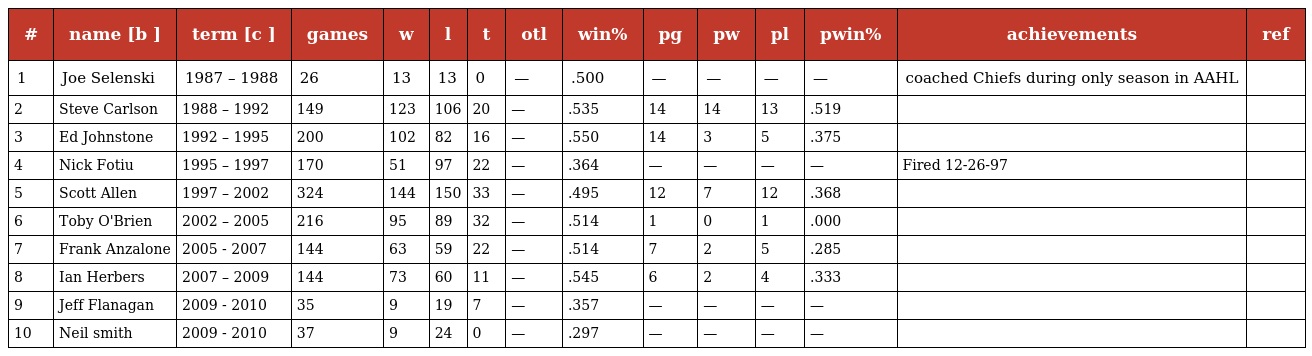
| # | name [b ] | term [c ] | games | w | l | t | otl | win% | pg | pw | pl | pwin% | achievements | ref |
 | --- | --- | --- | --- | --- | --- | --- | --- | --- | --- | --- | --- | --- | --- | --- |
 | 1 | Joe Selenski | 1987 – 1988 | 26 | 13 | 13 | 0 | — | .500 | — | — | — | — | coached Chiefs during only season in AAHL |  |
 | 2 | Steve Carlson | 1988 – 1992 | 149 | 123 | 106 | 20 | — | .535 | 14 | 14 | 13 | .519 |  |  |
 | 3 | Ed Johnstone | 1992 – 1995 | 200 | 102 | 82 | 16 | — | .550 | 14 | 3 | 5 | .375 |  |  |
 | 4 | Nick Fotiu | 1995 – 1997 | 170 | 51 | 97 | 22 | — | .364 | — | — | — | — | Fired 12-26-97 |  |
 | 5 | Scott Allen | 1997 – 2002 | 324 | 144 | 150 | 33 | — | .495 | 12 | 7 | 12 | .368 |  |  |
 | 6 | Toby O'Brien | 2002 – 2005 | 216 | 95 | 89 | 32 | — | .514 | 1 | 0 | 1 | .000 |  |  |
 | 7 | Frank Anzalone | 2005 - 2007 | 144 | 63 | 59 | 22 | — | .514 | 7 | 2 | 5 | .285 |  |  |
 | 8 | Ian Herbers | 2007 – 2009 | 144 | 73 | 60 | 11 | — | .545 | 6 | 2 | 4 | .333 |  |  |
 | 9 | Jeff Flanagan | 2009 - 2010 | 35 | 9 | 19 | 7 | — | .357 | — | — | — | — |  |  |
 | 10 | Neil smith | 2009 - 2010 | 37 | 9 | 24 | 0 | — | .297 | — | — | — | — |  |  |